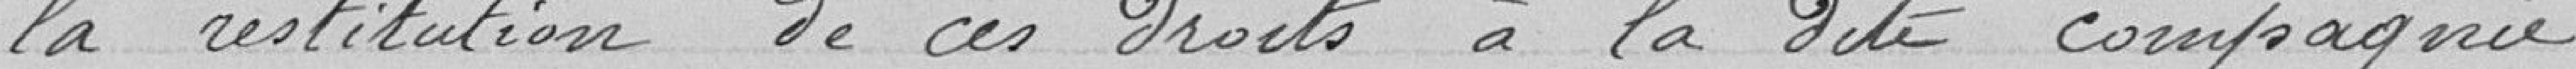
la restitution de ces droits à la dite compagnie.